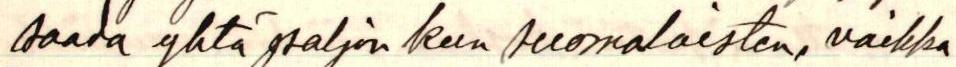
saada yhtä paljon kun suomalaisten, vaikka